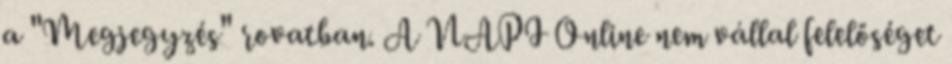
a "Megjegyzés" rovatban. A NAPI Online nem vállal felelőséget